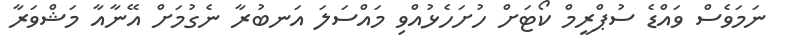
ނަމަވެސް ވައްޑެ ސުޕްރީމް ކޯޓަށް ހުށަހެޅުއްވި މައްސަލަ އަނބުރާ ނެގުމަށް އޭނާއާ މަޝްވަރާ